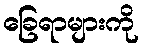
ခြေရာများကို